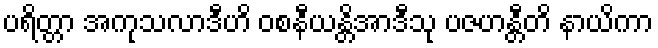
ပရိတ္တာ အကုသလာဒီဟိ ဝစနီယန္တိအာဒီသု ပဇဟန္တီတိ နာယိကာ